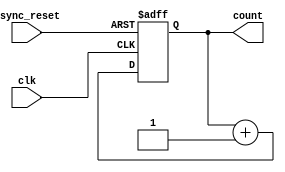
module async_reset_sync_counter (
    input wire clk,               // Clock input
    input wire async_reset,       // Asynchronous reset input
    output reg [3:0] count        // 4-bit counter output
);

    // Always block for synchronous counting and asynchronous reset
    always @(posedge clk or posedge async_reset) begin
        if (async_reset) begin
            count <= 4'b0000;     // Reset the counter to 0
        end else begin
            count <= count + 1;   // Increment the counter
        end
    end

endmodule